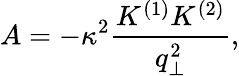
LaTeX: A=-\kappa^{2}\frac{K^{(1)}K^{(2)}}{q_{\perp}^{2}},